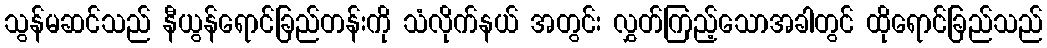
သွန်မဆင်သည် နီယွန်ရောင်ခြည်တန်းကို သံလိုက်နယ် အတွင်း လွှတ်ကြည့်သောအခါတွင် ထိုရောင်ခြည်သည်